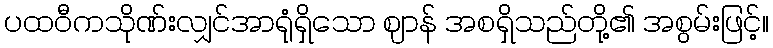
ပထဝီကသိုဏ်းလျှင်အာရုံရှိသော ဈာန် အစရှိသည်တို့၏ အစွမ်းဖြင့်။